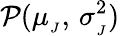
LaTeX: \mathcal{P}(\mu_{_{J}},\, \sigma_{_{J}}^{2})